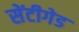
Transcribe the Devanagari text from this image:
सेंटीगेड